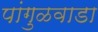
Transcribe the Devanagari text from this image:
पांगुळवाडा